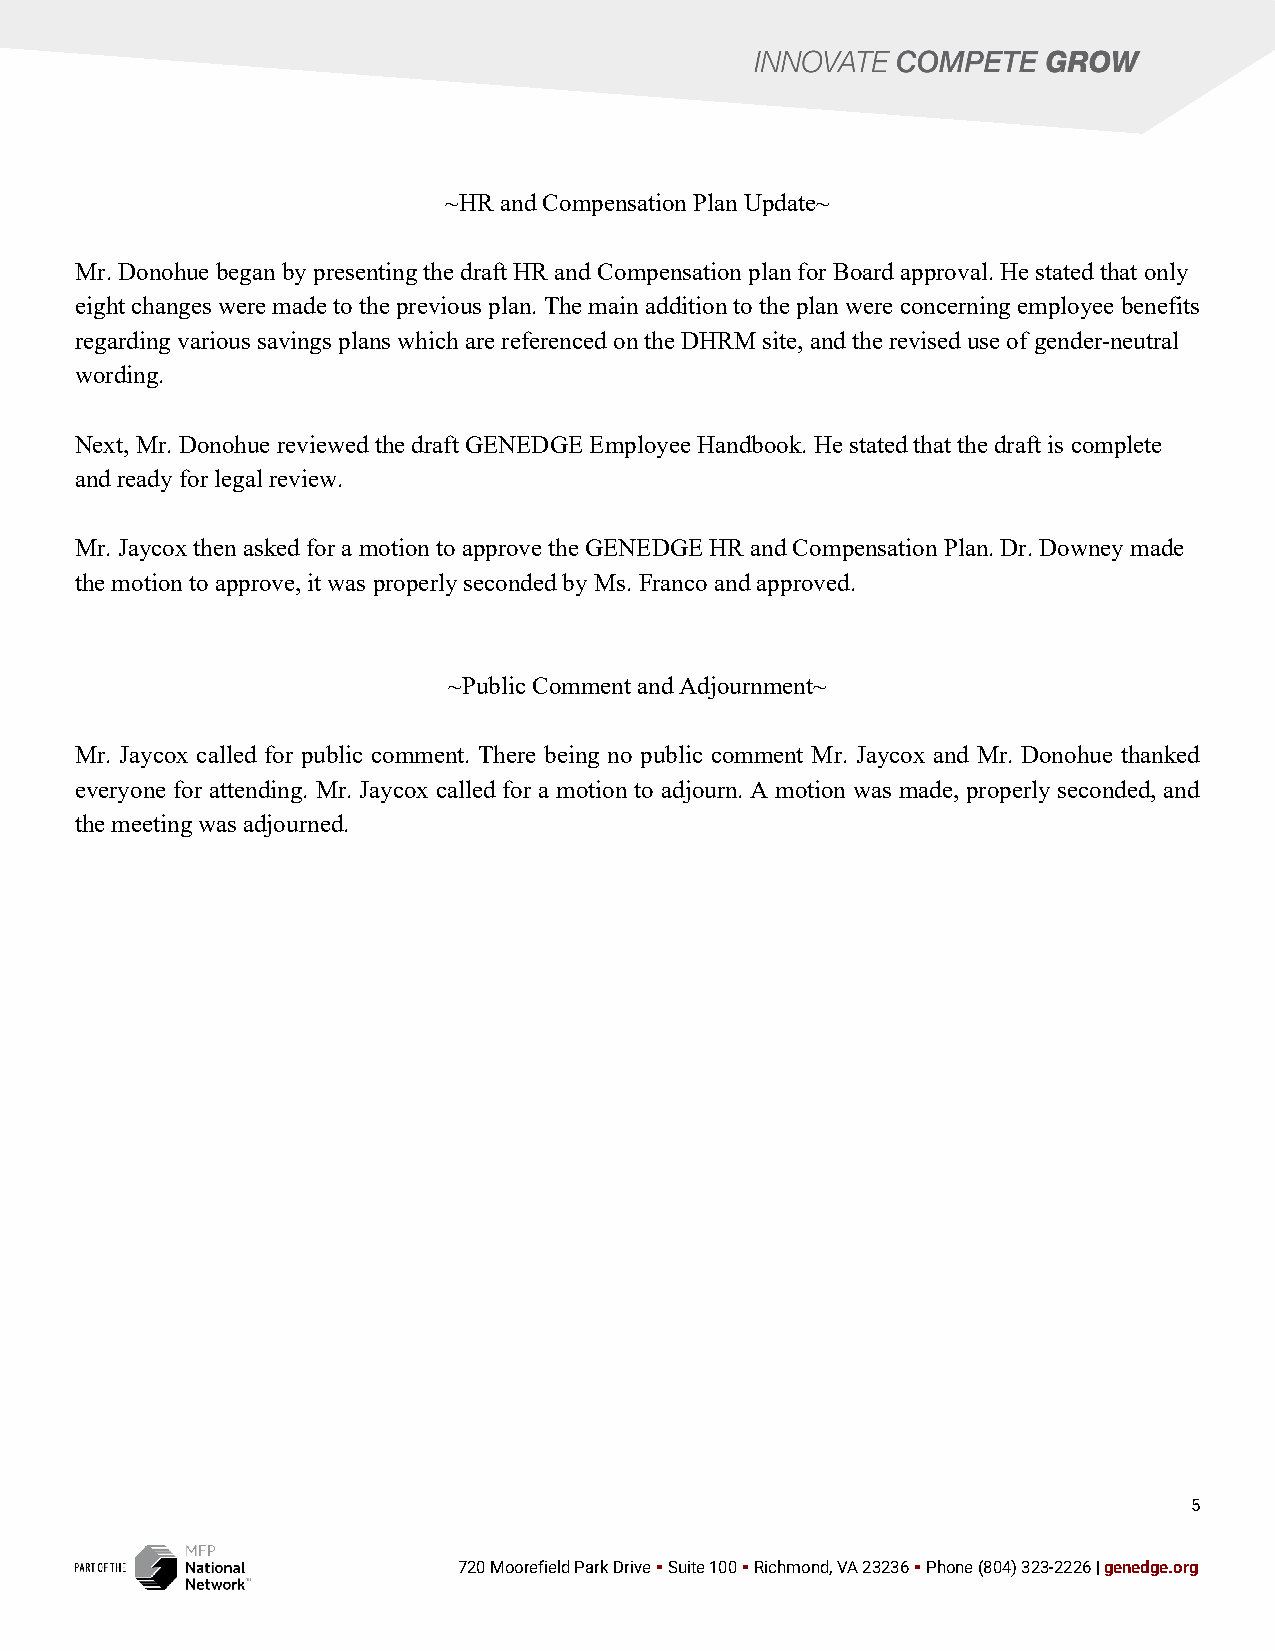
~HR and Compensation Plan Update~
 Mr. Donohue began by presenting the draft HR and Compensation plan for Board approval. He stated that only
 eight changes were made to the previous plan. The main addition to the plan were concerning employee benefits
 regarding various savings plans which are referenced on the DHRM site, and the revised use of gender-neutral
 wording.
 Next, Mr. Donohue reviewed the draft GENEDGE Employee Handbook. He stated that the draft is complete
 and ready for legal review.
 Mr. Jaycox then asked for a motion to approve the GENEDGE HR and Compensation Plan. Dr. Downey made
 the motion to approve, it was properly seconded by Ms. Franco and approved.
 ~Public Comment and Adjournment~
 Mr. Jaycox called for public comment. There being no public comment Mr. Jaycox and Mr. Donohue thanked
 everyone for attending. Mr. Jaycox called for a motion to adjourn. A motion was made, properly seconded, and
 the meeting was adjourned.
 5
 720 Moorefield Park Drive ▪ Suite 100 ▪ Richmond, VA 23236 ▪ Phone (804) 323-2226 | genedge.org